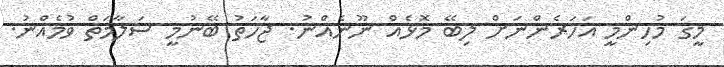
މީގަ މުހިންމީ އަހަރެންނަށް ލިބޭ މޮޅެއް ނޫނެއްނު. ޖާހަތު ބޭނުމީ ސަލާމަތް ވުމެއްނު.